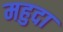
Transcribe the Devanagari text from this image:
महुदा